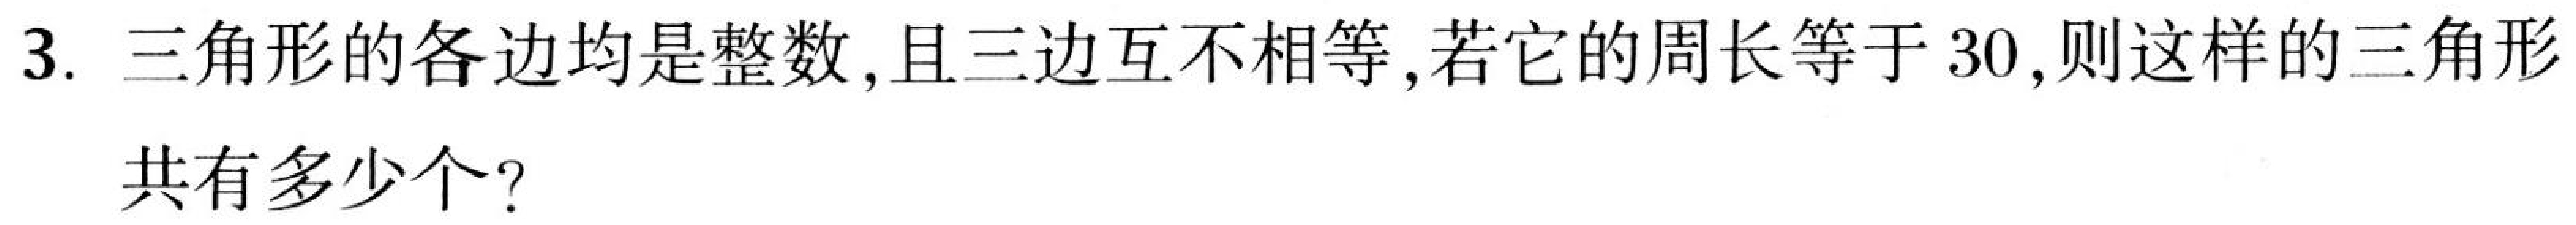
3. 三角形的各边均是整数, 且三边互不相等, 若它的周长等于30, 则这样的三角形
共有多少个？